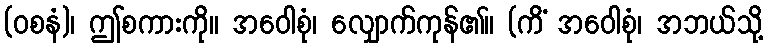
(ဝစနံ)၊ ဤစကားကို။ အဝေါစုံ၊ လျှောက်ကုန်၏။ (ကိံ အဝေါစုံ၊ အဘယ်သို့